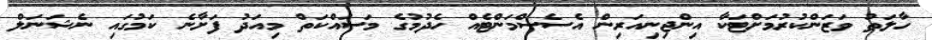
ހާލަތު ވަޒަންކުރުމަށްޓަކާ އިންޖިނިއަރިން އެސެސްމަންޓެއް ހެދުމުގެ މަސައްކަތް މިއަދު ފަށާނެ ކަމުގައި ނެޝަނަލް